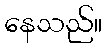
နေသည်။